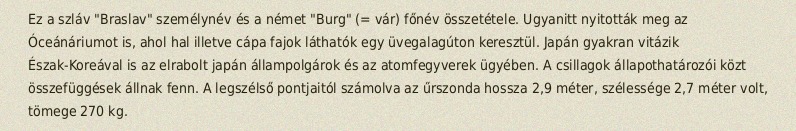
Ez a szláv "Braslav" személynév és a német "Burg" (= vár) főnév összetétele. Ugyanitt nyitották meg az Óceánáriumot is, ahol hal illetve cápa fajok láthatók egy üvegalagúton keresztül. Japán gyakran vitázik Észak-Koreával is az elrabolt japán állampolgárok és az atomfegyverek ügyében. A csillagok állapothatározói közt összefüggések állnak fenn. A legszélső pontjaitól számolva az űrszonda hossza 2,9 méter, szélessége 2,7 méter volt, tömege 270 kg.